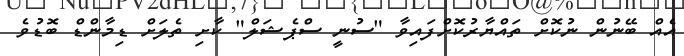
އެއް ބޭނުން ނުކޮށް ތައްޔާރުކޮށްފައިވާ "ސުނީ ސްޕެޝަލް" ކާށި ތެލަށް ޑިމާންޑް ބޮޑުވެ